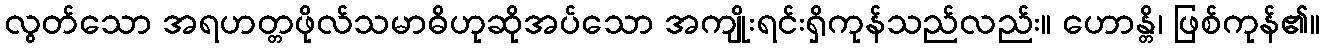
လွတ်သော အရဟတ္တဖိုလ်သမာဓိဟုဆိုအပ်သော အကျိုးရင်းရှိကုန်သည်လည်း။ ဟောန္တိ၊ ဖြစ်ကုန်၏။